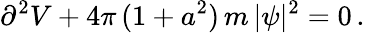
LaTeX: \partial^{2}V+4\pi\, (1+a^{2})\, m\, |\psi|^{2}=0\, .